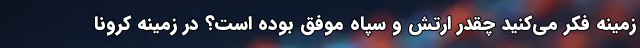
زمینه فکر می‌کنید چقدر ارتش و سپاه موفق بوده است؟ در زمینه کرونا